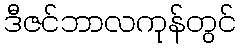
ဒီဇင်ဘာလကုန်တွင်